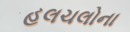
હલચલોના